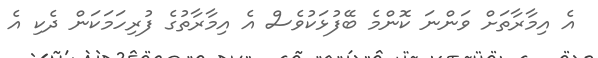
އެ އިމާރާތަށް ވަންނަ ކޮންމެ ބޭފުޅަކުވެސް އެ އިމާރާތުގެ ފުރިހަމަކަން ދެކި އެ